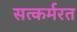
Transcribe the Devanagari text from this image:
सत्कर्मरत